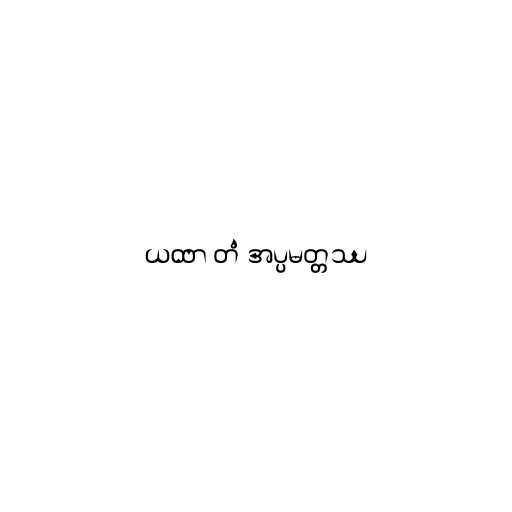
ယထာ တံ အပ္ပမတ္တဿ